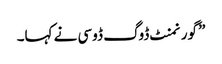
” گورنمنٹ ڈوگ ڈوسی نے کہا۔